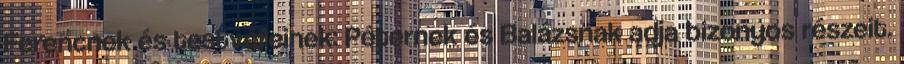
Ferencnek és testvéreinek: Péternek és Balázsnak adja bizonyos részeit.